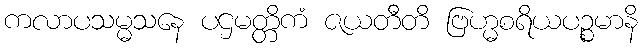
ကလာပသမ္မသနေ ပဌမတ္တိကံ ဇယတီတိ ဗြဟ္မစရိယပဉ္စမာနိ